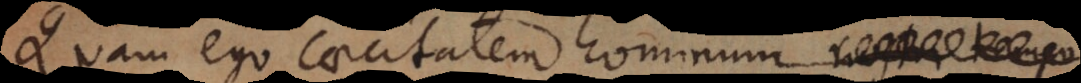
Quam ego caecitatem hominum